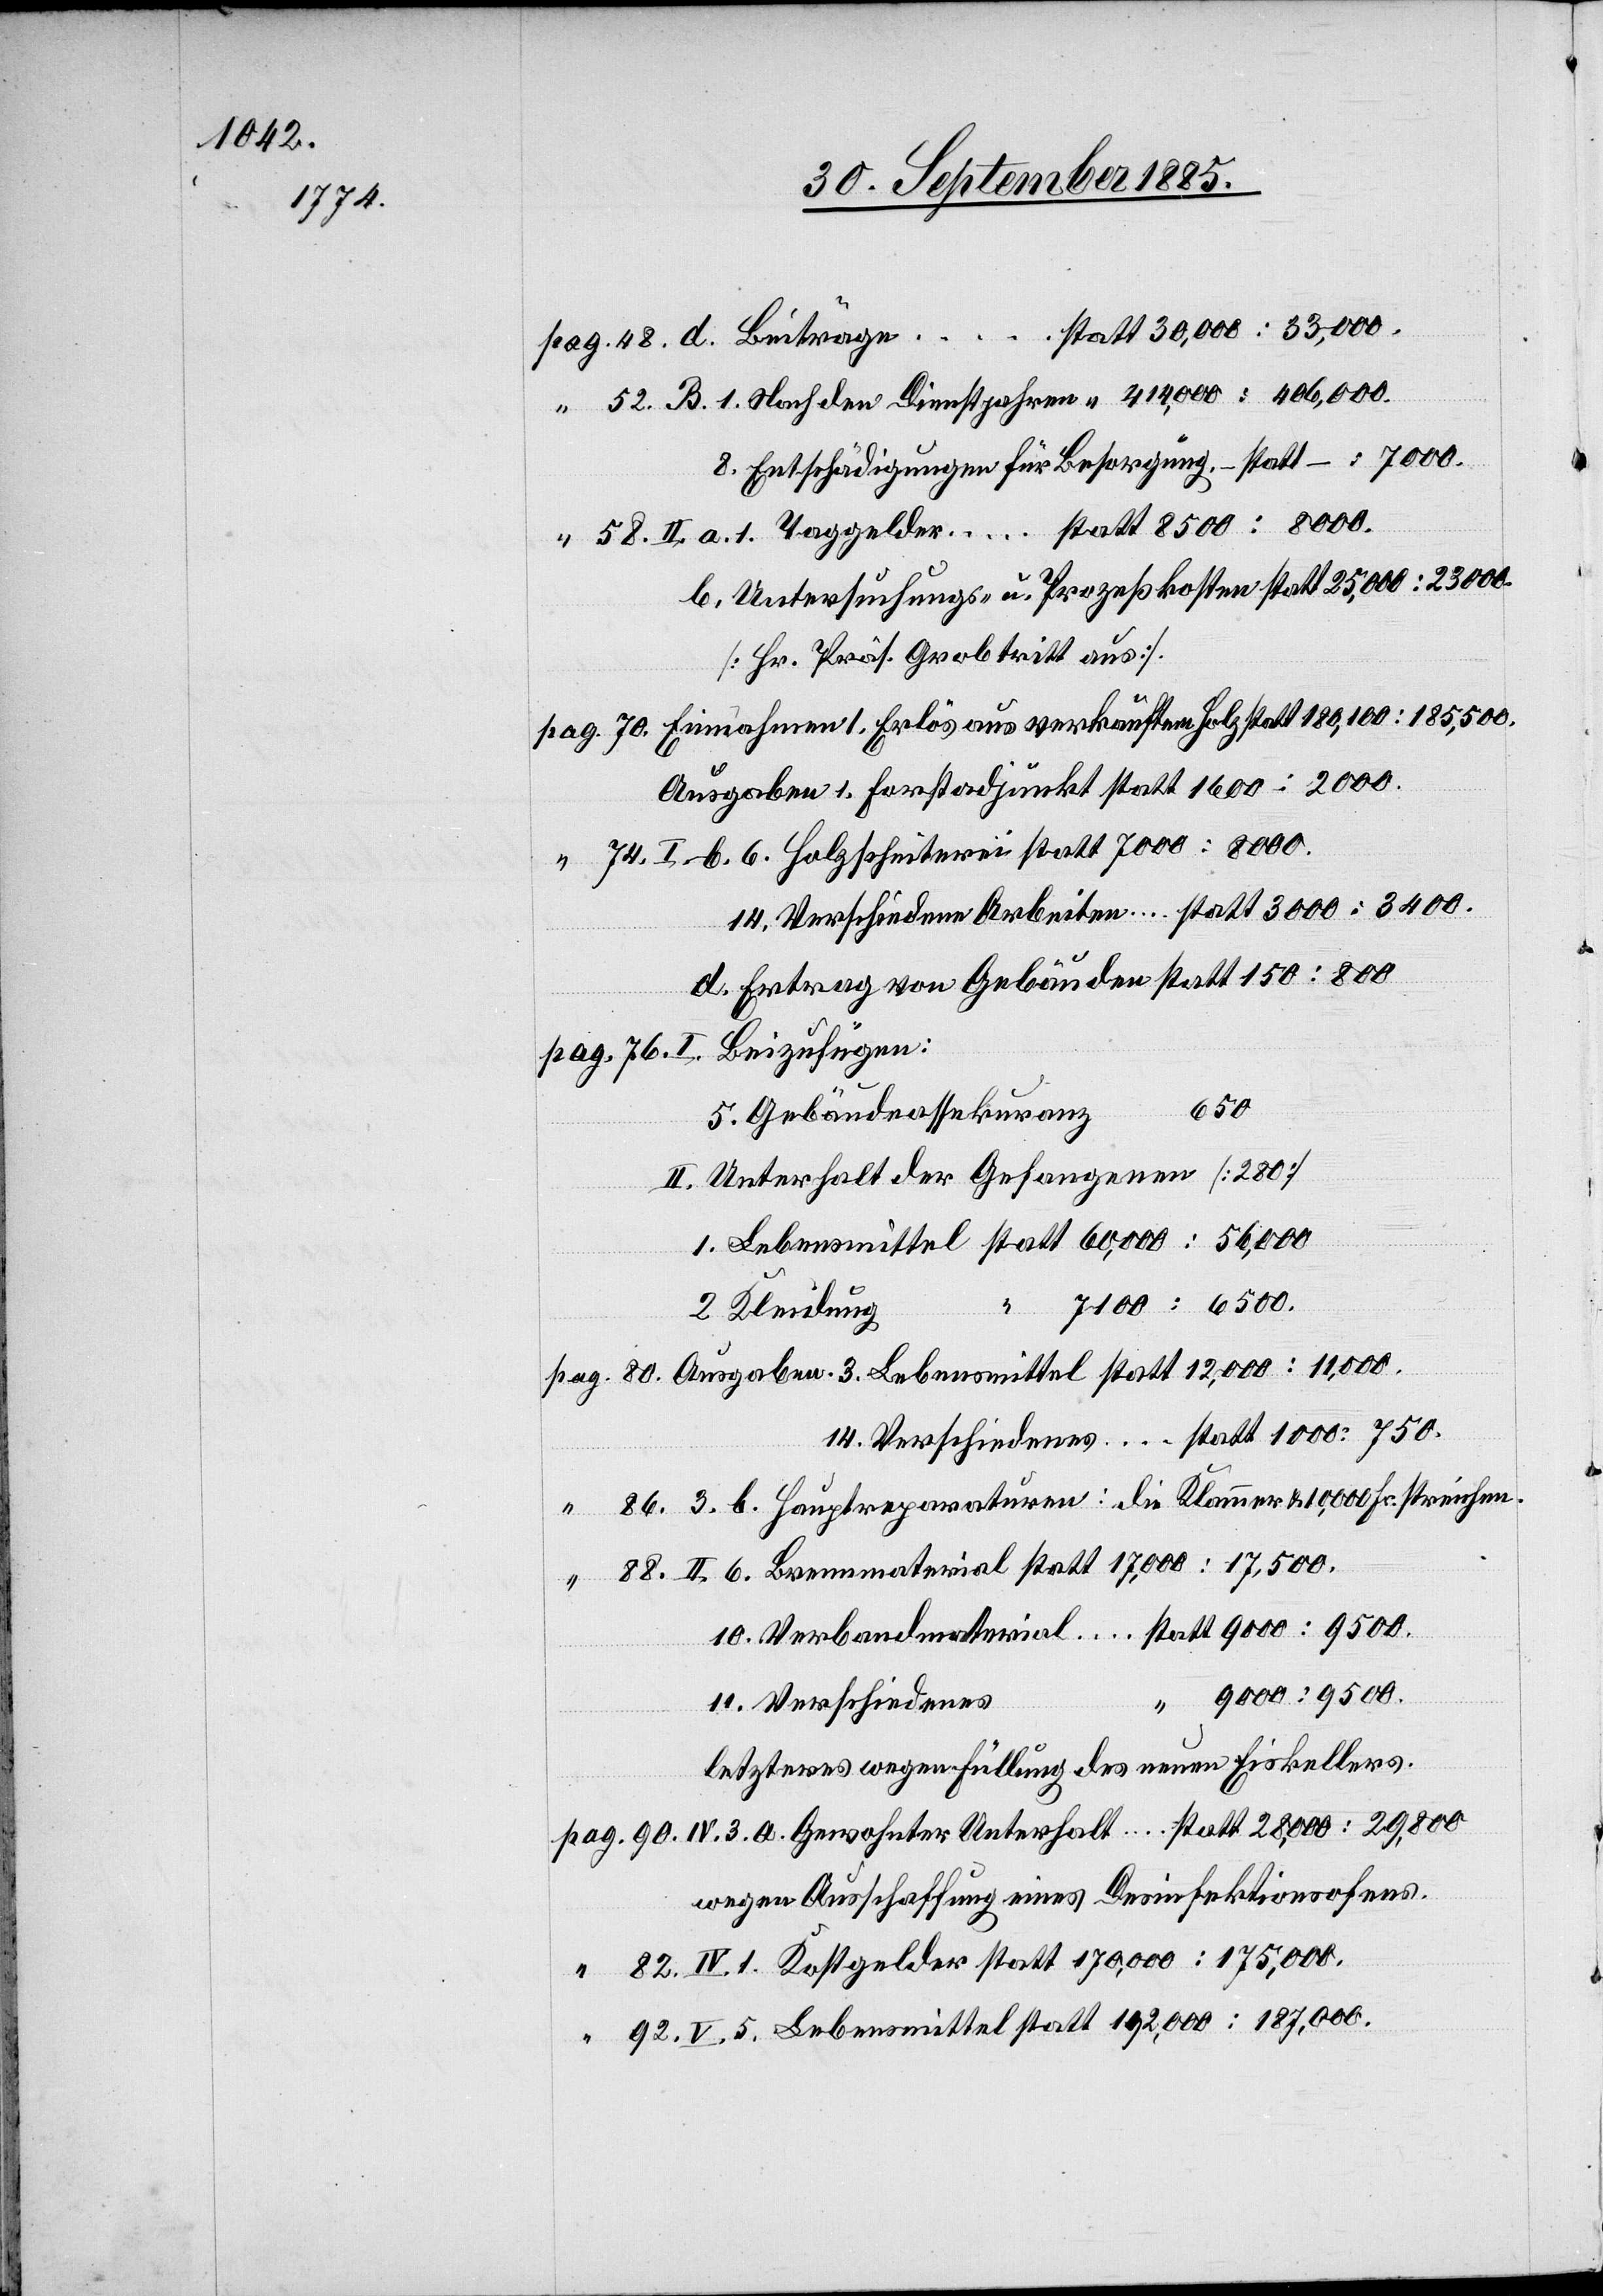
74.

5.
[Hr. Präs. Grob tritt aus].
650
“
Gebäudeassekuranz
7100:6500.
2.
Kleidung
pag.
192,000:187,000.
Verschiedenes
…
letzteres wegen Füllung des neuen Eiskellers.
wegen Anschaffung eines Desinfektionsofens.